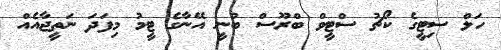
ހަލް ސިޓީގެ ކޯޗު ސްޓީވް ބްރޫސް ބުނީ އޭނާގެ ޓީމު މިފަދަ ނަތީޖާއެއް